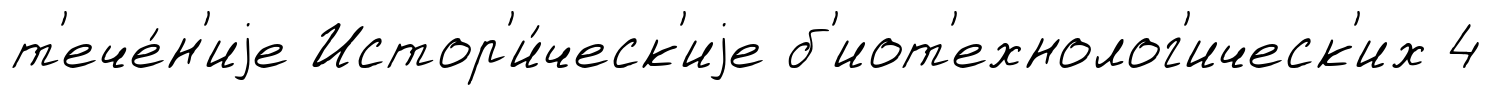
т'ече́н'иjе Истор'и́ческ'иjе б'иот'ехнолог'ическ'их 4